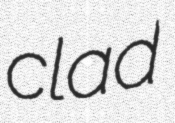
clad